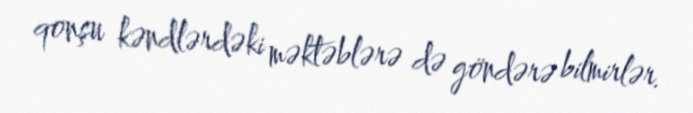
qonşu kəndlərdəki məktəblərə də göndərə bilmirlər.